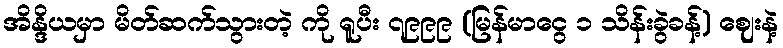
အိန္ဒိယမှာ မိတ်ဆက်သွားတဲ့ ကို ရူပီး ၇၉၉၉ (မြန်မာငွေ ၁ သိန်းခွဲခန့်) ဈေးနဲ့